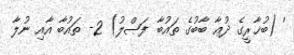
' (ބުޚާރީގެ ދުޢާ ބާބުގެ ތައުބާ ފަޞްލު) 2- ތައުބާ އާއި ނުލާ